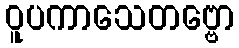
ဝူပကာသေတဗ္ဗော